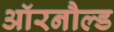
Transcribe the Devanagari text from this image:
ऑरनौल्ड